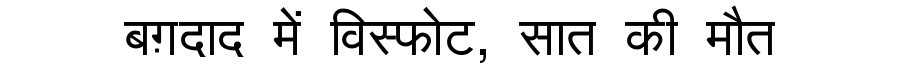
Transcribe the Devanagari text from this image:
बग़दाद में विस्फोट, सात की मौत